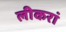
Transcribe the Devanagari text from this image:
लीकरां